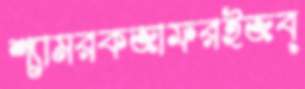
শ্যামরকজাফরইজব্